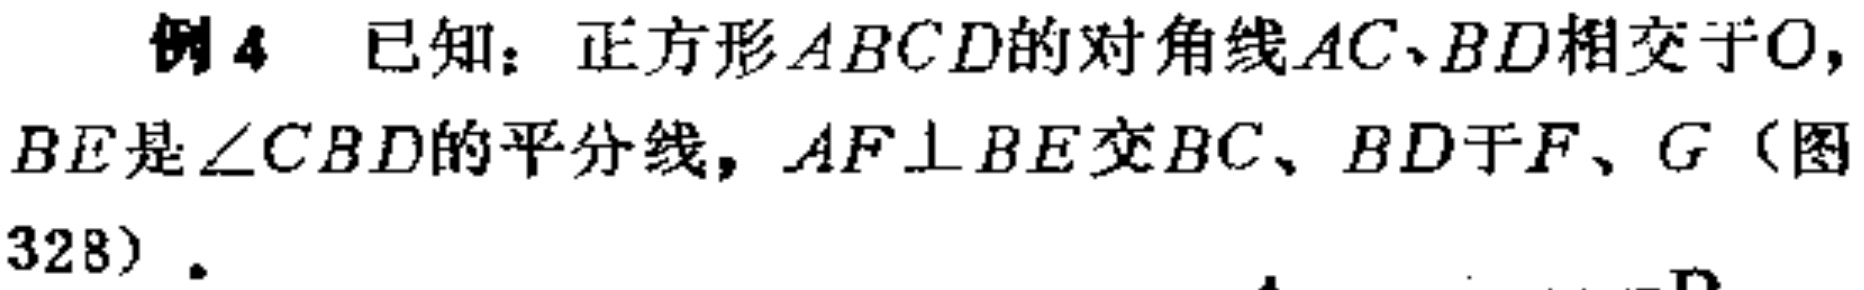
例4 已知：正方形\(ABCD\)的对角线\(AC、BD\)相交于\(O\)，\(BE\)是\(\angle CBD\)的平分线，\(AF\perp BE\)交\(BC、BD\)于\(F、G\)（图328）.